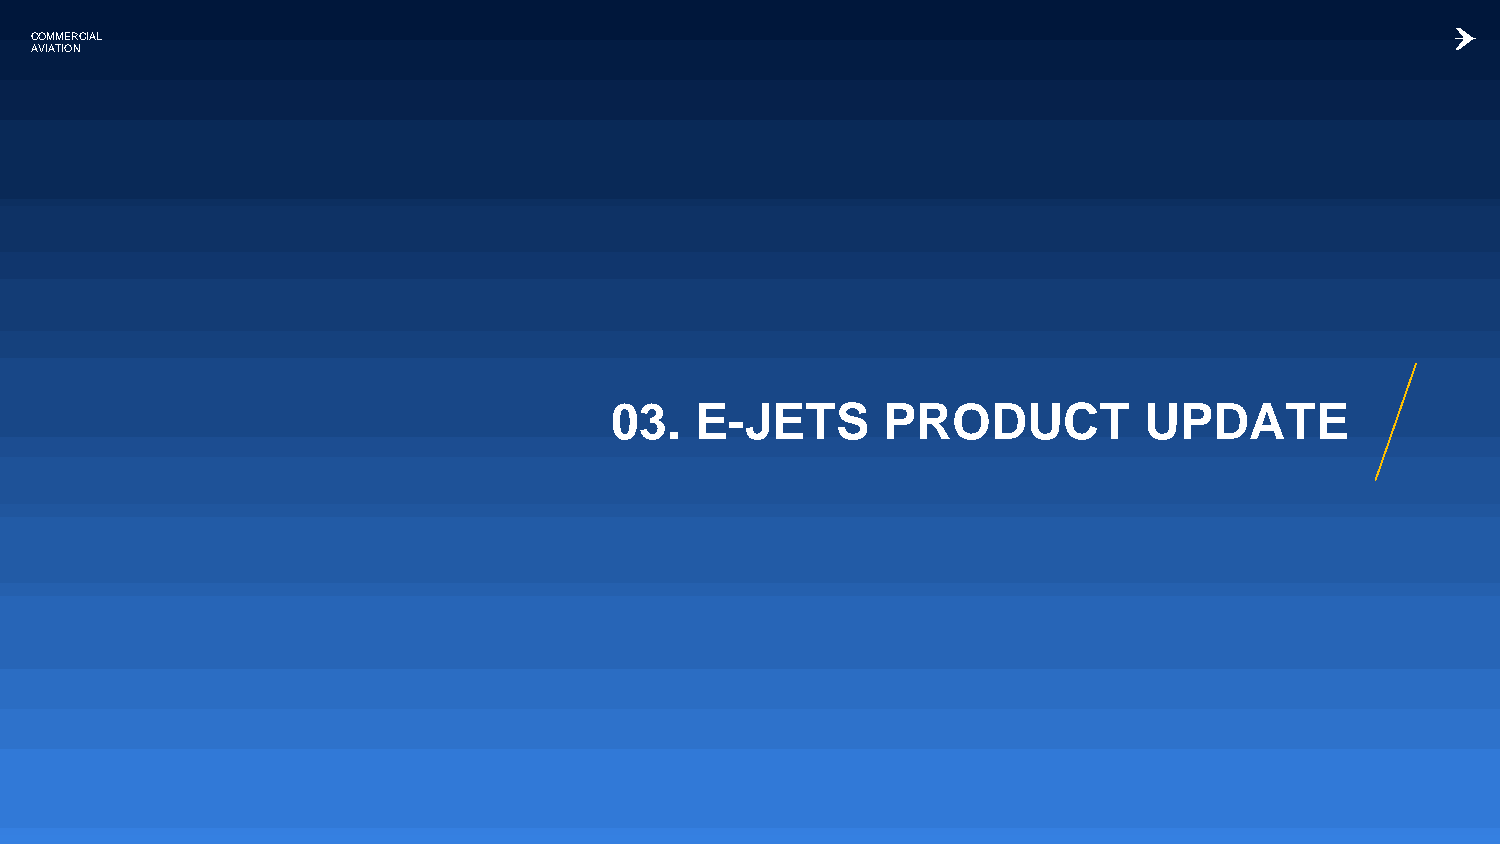
COMMERCIAL
 AVIATION
 03.   E-JETS       PRODUCT          UPDATE